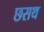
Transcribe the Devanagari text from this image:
छसथ